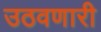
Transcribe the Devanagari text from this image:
उठवणारी